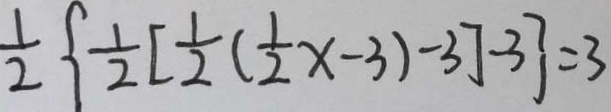
\frac { 1 } { 2 } \{ \frac { 1 } { 2 } [ \frac { 1 } { 2 } ( \frac { 1 } { 2 } x - 3 ) - 3 ] - 3 \} = 3